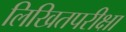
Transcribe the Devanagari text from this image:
लिखितपरीक्षा